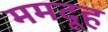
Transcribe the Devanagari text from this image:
ममदूह